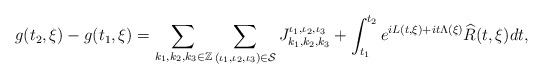
\begin{align*}g(t_2, \xi) - g(t_1, \xi)=\sum_{k_1,k_2,k_3\in \mathbb{Z}}\sum_{(\iota_1, \iota_2,\iota_3)\in \mathcal{S}} J^{\iota_1, \iota_2,\iota_3 }_{k_1,k_2, k_3} + \int_{t_1}^{t_2} e^{ i L(t,\xi) + i t \Lambda(\xi)}\widehat{R}(t,\xi) d t,\end{align*}